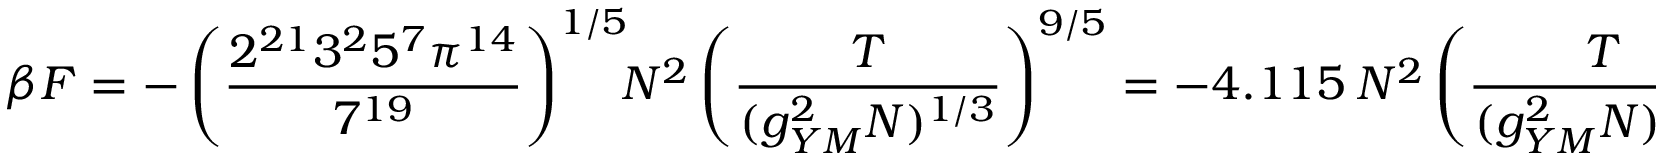
\beta F = - \left( { \frac { 2 ^ { 2 1 } 3 ^ { 2 } 5 ^ { 7 } \pi ^ { 1 4 } } { 7 ^ { 1 9 } } } \right) ^ { 1 / 5 } \! \! N ^ { 2 } \left( { \frac { T } { ( g _ { Y M } ^ { 2 } N ) ^ { 1 / 3 } } } \right) ^ { 9 / 5 } = - 4 . 1 1 5 ~ N ^ { 2 } \left( { \frac { T } { ( g _ { Y M } ^ { 2 } N ) ^ { 1 / 3 } } } \right) ^ { 1 . 8 }